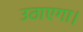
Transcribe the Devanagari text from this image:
उठाएगा।